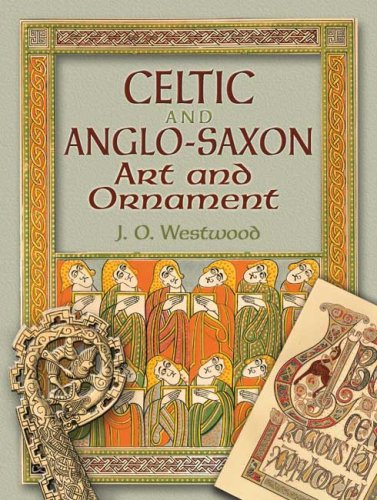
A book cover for Celtic and Anglo-Saxon Art and Ornament (Dover Pictorial Archives); J. O. Westwood; Arts & Photography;